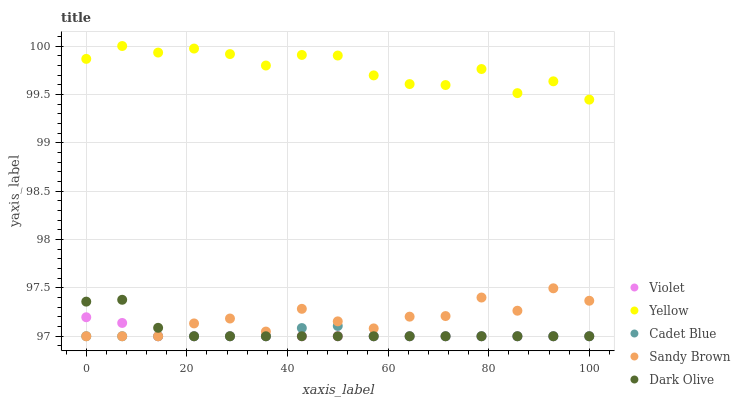
| xaxis_label | Violet | Yellow | Cadet Blue | Sandy Brown | Dark Olive |
 | --- | --- | --- | --- | --- | --- |
 | 0 | 97.2 | 99.9 | 97 | 97 | 97.4 |
 | 7.14 | 97.1 | 100 | 97 | 97 | 97.4 |
 | 14.3 | 97 | 99.9 | 97 | 97 | 97.1 |
 | 21.4 | 97 | 100 | 97 | 97.1 | 97 |
 | 28.6 | 97 | 99.9 | 97 | 97.2 | 97 |
 | 35.7 | 97 | 99.8 | 97 | 97 | 97 |
 | 42.9 | 97 | 99.9 | 97.1 | 97.3 | 97 |
 | 50 | 97 | 99.9 | 97.1 | 97.2 | 97 |
 | 57.1 | 97 | 99.7 | 97 | 97.1 | 97 |
 | 64.3 | 97 | 99.6 | 97 | 97.2 | 97 |
 | 71.4 | 97 | 99.6 | 97 | 97.2 | 97 |
 | 78.6 | 97 | 99.8 | 97 | 97.4 | 97 |
 | 85.7 | 97 | 99.5 | 97 | 97.3 | 97 |
 | 92.9 | 97 | 99.6 | 97 | 97.5 | 97 |
 | 100 | 97 | 99.4 | 97 | 97.4 | 97 |